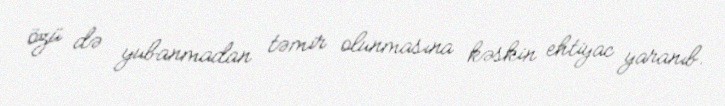
özü də yubanmadan təmir olunmasına kəskin ehtiyac yaranıb.